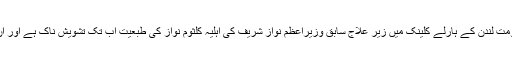
پیر 18 جون 2018 ء) برطانوی دارالحکومت لندن کے ہارلے کلینک میں زیرِ علاج سابق وزیراعظم نواز شریف کی اہلیہ کلثوم نواز کی طبعیت اب تک تشویش ناک ہے اور ان کا وینٹی لیٹر ہٹانے کا فیصلہ نہیں ہوسکا۔